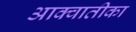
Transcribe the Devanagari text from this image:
आक्वातीका